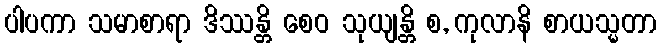
ပါပကာ သမာစာရာ ဒိဿန္တိ စေဝ သုယျန္တိ စ, ကုလာနိ စာယသ္မတာ